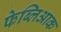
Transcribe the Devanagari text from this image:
फेब्लिआक